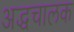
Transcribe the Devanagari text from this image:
अद्धचालक